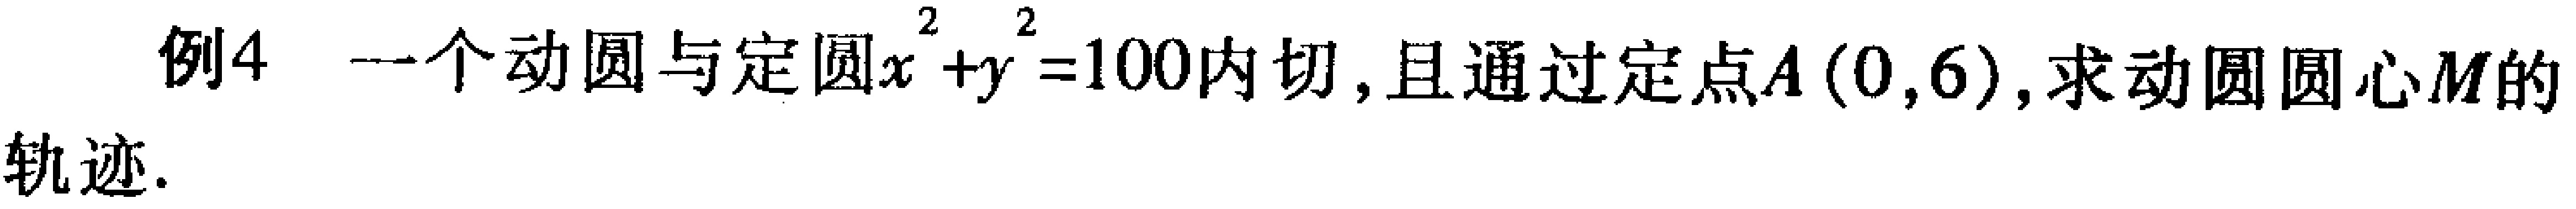
例4 一个动圆与定圆$x^{2}+y^{2}=100$内切, 且通过定点$A(0,6)$,求动圆圆心$M$的轨迹.